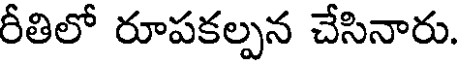
రీతిలో రూపకల్పన చేసినారు.